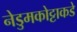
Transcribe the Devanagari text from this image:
नेडुमकोट्टाकडे